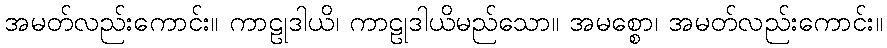
အမတ်လည်းကောင်း။ ကာဠုဒါယိ၊ ကာဠုဒါယိမည်သော။ အမစ္စော၊ အမတ်လည်းကောင်း။